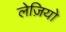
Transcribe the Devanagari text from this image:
लेज़ियो